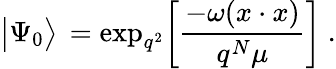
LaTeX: \big|\Psi_{0}\big>\, =\mathrm{exp}_{q^{2}}\bigg[{\frac{-\omega(x\cdot x)}{q^{N}\mu}}\bigg]\ .